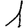
Digit: 1